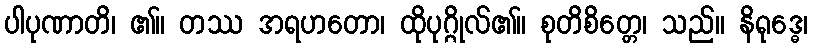
ပါပုဏာတိ၊ ၏။ တဿ အရဟတော၊ ထိုပုဂ္ဂိုလ်၏။ စုတိစိတ္တေ၊ သည်။ နိရုဒ္ဓေ၊